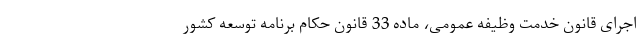
اجرای قانون خدمت وظیفه عمومی، ماده 33 قانون حکام برنامه توسعه کشور